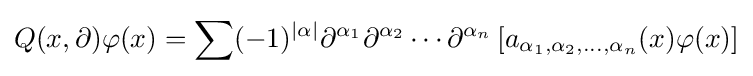
Q(x,\partial )\varphi (x)=\sum (-1)^{|\alpha |}\partial ^{\alpha _{1}}\partial ^{\alpha _{2}}\cdots \partial ^{\alpha _{n}}\left[a_{\alpha _{1},\alpha _{2},\dots ,\alpha _{n}}(x)\varphi (x)\right]